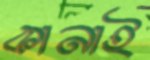
কানাই